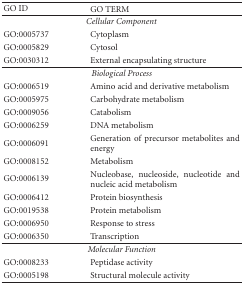
<table><thead><tr><td><b>GO ID</b></td><td><b>GO TERM</b></td></tr></thead><tbody><tr><td colspan="2"><i>Cellular Component </i></td></tr><tr><td>GO:0005737</td><td>Cytoplasm</td></tr><tr><td>GO:0005829</td><td>Cytosol</td></tr><tr><td>GO:0030312</td><td>External encapsulating structure</td></tr><tr><td colspan="2"><i>Biological Process </i></td></tr><tr><td>GO:0006519</td><td>Amino acid and derivative metabolism</td></tr><tr><td>GO:0005975</td><td>Carbohydrate metabolism</td></tr><tr><td>GO:0009056</td><td>Catabolism</td></tr><tr><td>GO:0006259</td><td>DNA metabolism</td></tr><tr><td>GO:0006091</td><td>Generation of precursor metabolites and energy</td></tr><tr><td>GO:0008152</td><td>Metabolism</td></tr><tr><td>GO:0006139</td><td>Nucleobase, nucleoside, nucleotide and nucleic acid metabolism</td></tr><tr><td>GO:0006412</td><td>Protein biosynthesis</td></tr><tr><td>GO:0019538</td><td>Protein metabolism</td></tr><tr><td>GO:0006950</td><td>Response to stress</td></tr><tr><td>GO:0006350</td><td>Transcription</td></tr><tr><td colspan="2"><i>Molecular Function </i></td></tr><tr><td>GO:0008233</td><td>Peptidase activity</td></tr><tr><td>GO:0005198</td><td>Structural molecule activity</td></tr></tbody></table>